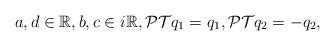
LaTeX: \begin{align*}a,d \in{\mathbb{R}}, b,c \in{i\mathbb{R}}, \mathcal{PT}q_1=q_1, \mathcal{PT}q_2=-q_2,\end{align*}